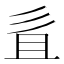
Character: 𢒉